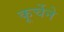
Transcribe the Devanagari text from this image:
कूर्चेने